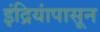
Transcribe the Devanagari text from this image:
इंद्रियांपासून